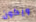
ويكون